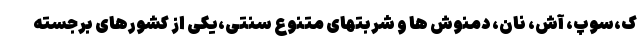
ک،سوپ، آش، نان، دمنوش ها و شربتهای متنوع سنتی،یکی از کشورهای برجسته